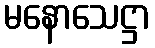
မနောသေဋ္ဌာ